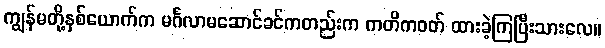
ကျွန်မတို့နှစ်ယောက်က မင်္ဂလာမဆောင်ခင်ကတည်းက ကတိကဝတ် ထားခဲ့ကြပြီးသားလေ။